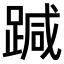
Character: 𨃂